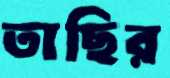
তাছির